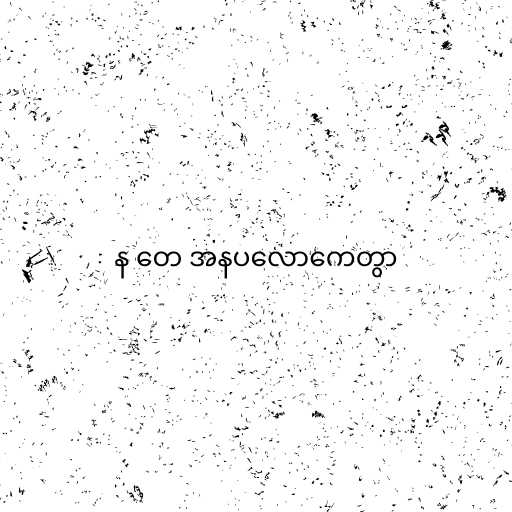
န တေ အနပလောကေတွာ